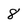
Character: 8